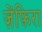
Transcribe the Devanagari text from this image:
ज़ेंफ़िरा